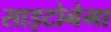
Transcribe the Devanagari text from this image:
साइटोनेमा